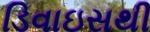
ડિવાઇસથી